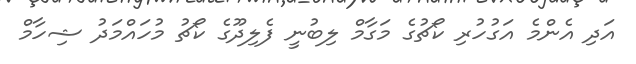
އަދި އެންމެ އަގުހުރި ކޯޗުގެ މަގާމް ލިބުނީ ފެލިދޫގެ ކޯޗު މުހައްމަދު ޝިހާމް